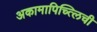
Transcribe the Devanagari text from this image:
अकामापिच्त्लिची